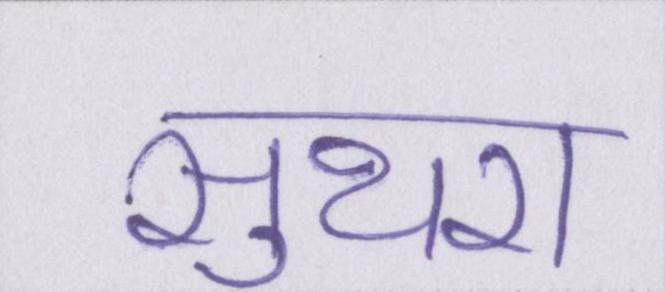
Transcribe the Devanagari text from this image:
सुथरा